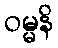
ဝမ္မနိ